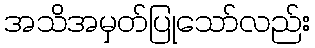
အသိအမှတ်ပြုသော်လည်း